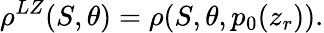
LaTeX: \rho^{LZ}(S,\theta)=\rho(S,\theta,p_{0}(z_{r})).